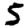
Digit: 5